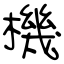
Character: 機